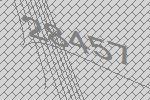
28457